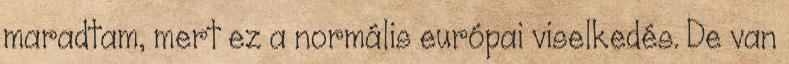
maradtam, mert ez a normális európai viselkedés. De van